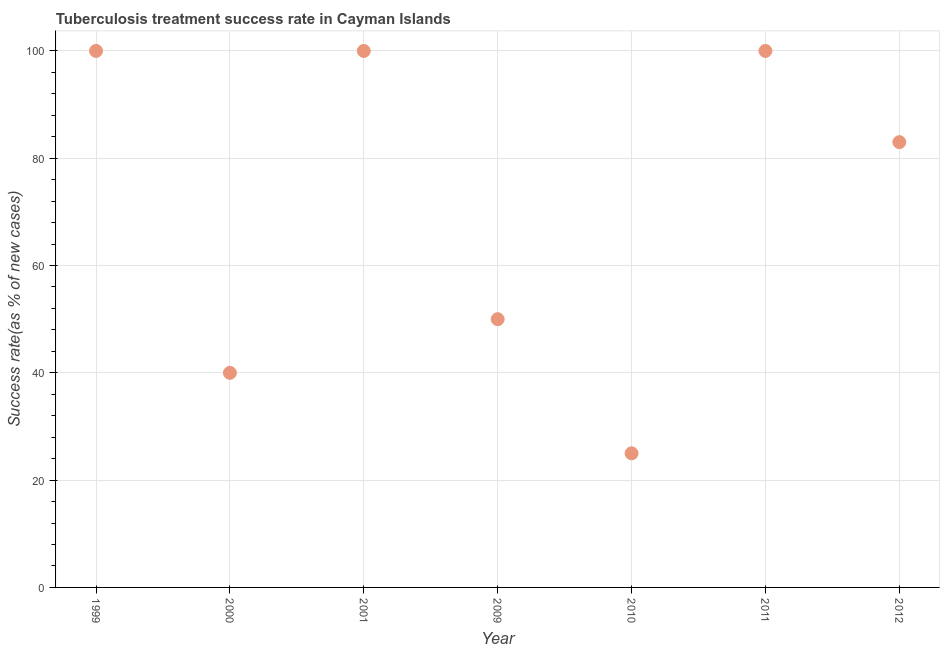
| Year | Tuberculosis treatment success rate |
 | --- | --- |
 | 1999 | 100 |
 | 2000 | 40 |
 | 2001 | 100 |
 | 2009 | 50 |
 | 2010 | 25 |
 | 2011 | 100 |
 | 2012 | 83 |